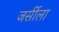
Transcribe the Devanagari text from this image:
जर्सीला